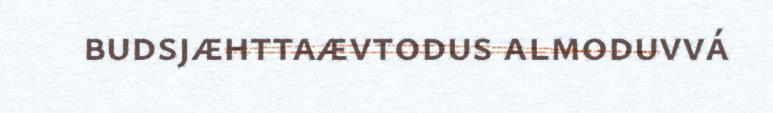
budsjæhttaævtodus almoduvvá